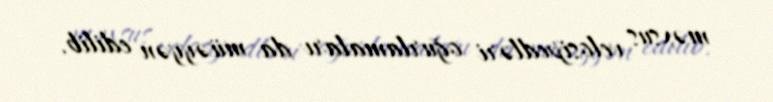
məxsus velosipedləri oğurlamaları da müəyyən edilib.